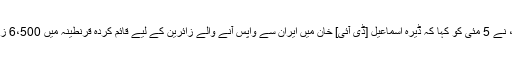
ڈاکٹر عبداللہ خان، جو قرنطینہ مرکز کے انچارج ہیں، نے 5 مئی کو کہا کہ ڈیرہ اسماعیل [ڈی آئی] خان میں ایران سے واپس آنے والے زائرین کے لیے قائم کردہ قرنطینہ میں 6،500 زائرین آئے تھے اور ان میں سے 4،600 متاثرہ تھے۔